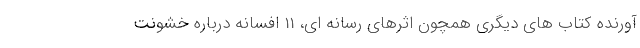
آورنده کتاب های دیگری همچون اثرهای رسانه ای، 11 افسانه درباره خشونت